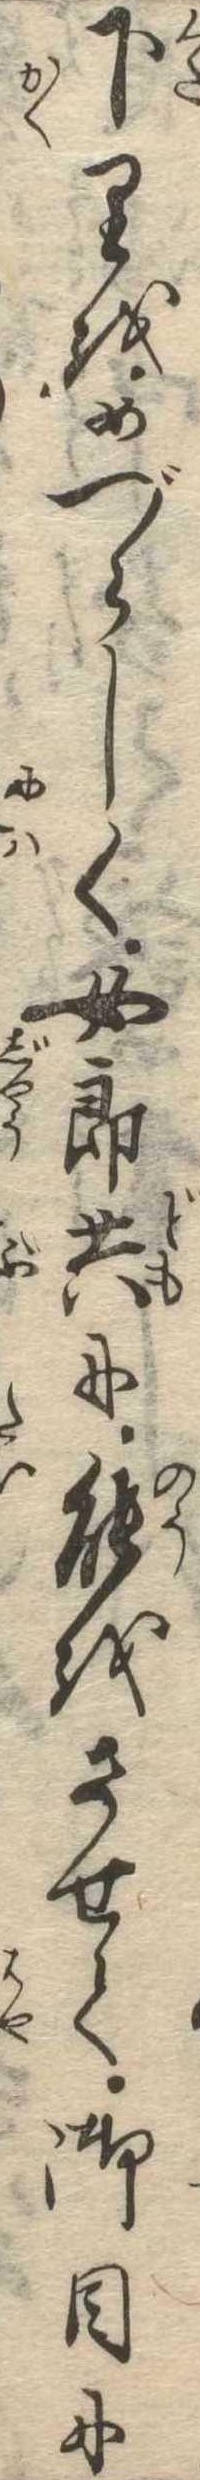
下りをめづらしく女郎共に能をさせて御目に